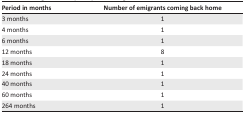
<table><thead><tr><td><b>Period in months</b></td><td><b>Number of emigrants coming back home</b></td></tr></thead><tbody><tr><td>3 months</td><td>1</td></tr><tr><td>4 months</td><td>1</td></tr><tr><td>6 months</td><td>1</td></tr><tr><td>12 months</td><td>8</td></tr><tr><td>18 months</td><td>1</td></tr><tr><td>24 months</td><td>1</td></tr><tr><td>40 months</td><td>1</td></tr><tr><td>60 months</td><td>1</td></tr><tr><td>264 months</td><td>1</td></tr></tbody></table>